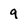
Character: 9